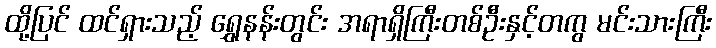
ထို့ပြင် ထင်ရှားသည့် ရွှေနန်းတွင်း အရာရှိကြီးတစ်ဦးနှင့်တကွ မင်းသားကြီး